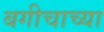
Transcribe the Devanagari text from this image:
बगीचाच्या